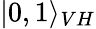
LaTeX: |0,1\rangle_{VH}